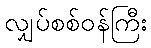
လျှပ်စစ်ဝန်ကြီး